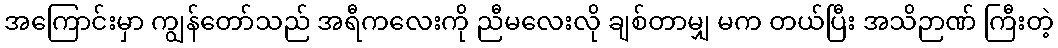
အကြောင်းမှာ ကျွန်တော်သည် အရီကလေးကို ညီမလေးလို ချစ်တာမျှ မက တယ်ပြီး အသိဉာဏ် ကြီးတဲ့